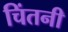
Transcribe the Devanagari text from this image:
चिंतनी